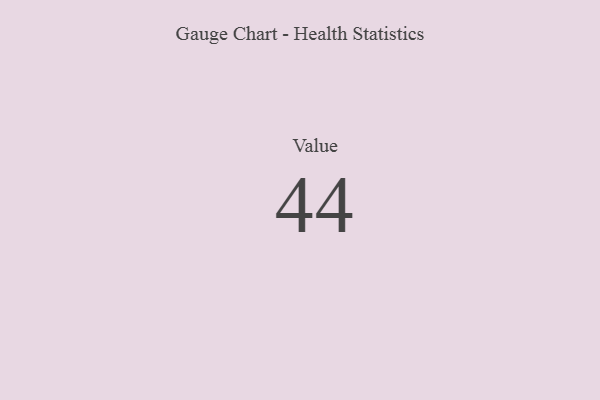
{"axis": {"x": "Metric", "y": "Value"}, "legend": [""], "data": [{"x": "Value", "y": 44, "type": ""}]}